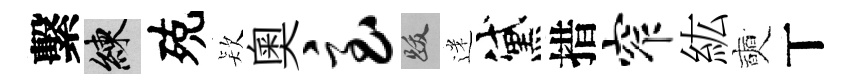
繫練殑𣣇奥急跋迷黛措窄紘奭丅